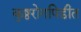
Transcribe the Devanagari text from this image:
कुष्ठरोगपिडीत